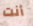
أنت